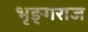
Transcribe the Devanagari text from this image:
भृङ्गराज